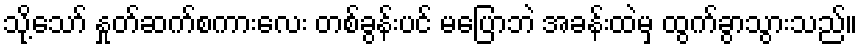
သို့သော် နှုတ်ဆက်စကားလေး တစ်ခွန်းပင် မပြောဘဲ အခန်းထဲမှ ထွက်ခွာသွားသည်။